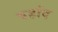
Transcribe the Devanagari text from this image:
बर्हाद